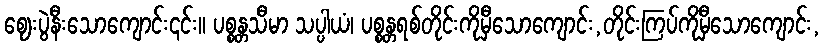
ဈေးပွဲနီးသောကျောင်း၎င်း။ ပစ္စန္တသီမာ သပ္ပါယံ၊ ပစ္စန္တရစ်တိုင်းကိုမှီသောကျောင်း,တိုင်းကြပ်ကိုမှီသောကျောင်း,